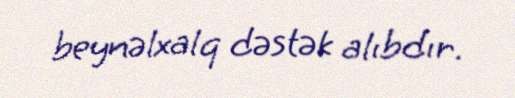
beynəlxalq dəstək alıbdır.